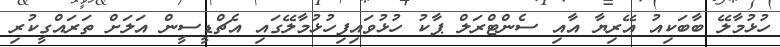
ހުޅުމާލޭ ބާބަކިއު އޭރިޔާ އާއި ސެންޓްރަލް ޕާކު ހުޅުވައިފިހުޅުމާލޭގައި އެޗްޑީސީން އަލަށް ތަރައްގީކުރި